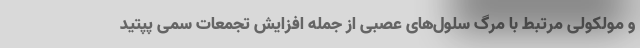
و مولکولی مرتبط با مرگ سلول‌های عصبی از جمله افزایش تجمعات سمی پپتید